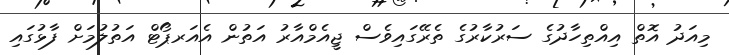
މިއަދު އޮތް އިއްތިހާދުގެ ސަރުކާރުގެ ތެރޭގައިވެސް ޖީއެމްއާރު އަތުން އެއަރޕޯޓް އަތުލުމަށް ފާޅުގައި